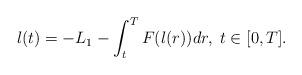
LaTeX: \begin{align*}l(t)=-L_{1}-\int_{t}^{T}F(l(r))dr,\;t\in\lbrack0,T].\end{align*}